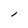
Character: l